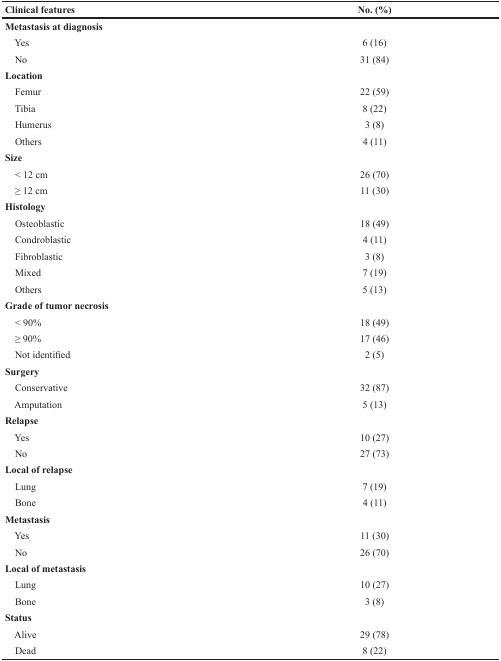
| Clinical features | No. (%) |
 | Metastasis at diagnosis |  |
 | --- | --- |
 | Yes | 6 (16) |
 | No | 31 (84) |
 | Location |  |
 | Femur | 22 (59) |
 | Tibia | 8 (22) |
 | Humerus | 3 (8) |
 | Others | 4 (11) |
 | Size |  |
 | < 12 cm | 26 (70) |
 | ≥ 12 cm | 11 (30) |
 | Histology |  |
 | Osteoblastic | 18 (49) |
 | Condroblastic | 4 (11) |
 | Fibroblastic | 3 (8) |
 | Mixed | 7 (19) |
 | Others | 5 (13) |
 | Grade of tumor necrosis |  |
 | < 90% | 18 (49) |
 | ≥ 90% | 17 (46) |
 | Not identified | 2 (5) |
 | Surgery |  |
 | Conservative | 32 (87) |
 | Amputation | 5 (13) |
 | Relapse |  |
 | Yes | 10 (27) |
 | No | 27 (73) |
 | Local of relapse |  |
 | Lung | 7 (19) |
 | Bone | 4 (11) |
 | Metastasis |  |
 | Yes | 11 (30) |
 | No | 26 (70) |
 | Local of metastasis |  |
 | Lung | 10 (27) |
 | Bone | 3 (8) |
 | Status |  |
 | Alive | 29 (78) |
 | Dead | 8 (22) |